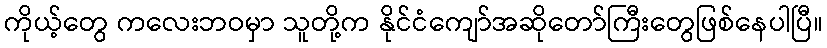
ကိုယ့်တွေ ကလေးဘဝမှာ သူတို့က နိုင်ငံကျော်အဆိုတော်ကြီးတွေဖြစ်နေပါပြီ။